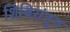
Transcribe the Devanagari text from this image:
शिबिरांतून